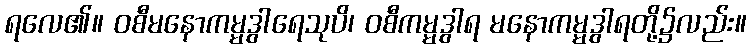
ရလေ၏။ ဝစီမနောကမ္မဒွါရေသုပိ၊ ဝစီကမ္မဒွါရ မနောကမ္မဒွါရတို့၌လည်း။